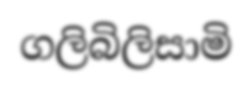
ගලිබිලිසාමි